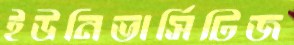
ইউনিভার্সিটিজ